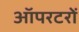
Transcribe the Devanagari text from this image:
ऑपरटरों